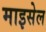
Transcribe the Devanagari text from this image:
माइसेल